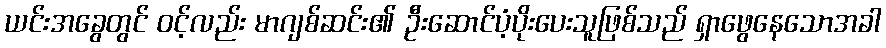
ယင်းအခွေတွင် ၀င့်လည်း မာဂျစ်ဆင်း၏ ဦးဆောင်ပံ့ပိုးပေးသူဖြစ်သည် ရှာဖွေနေသောအခါ